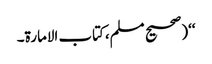
‘‘(صحیح مسلم،کتاب الامارة۔